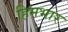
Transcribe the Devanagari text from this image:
हिमभार